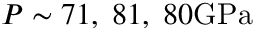
P \sim 7 1 , \; 8 1 , \; 8 0 \mathrm { G P a }